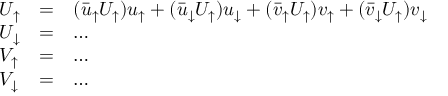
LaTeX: \begin{array} { l l l l } { { U _ { \uparrow } } } & { { = } } & { { ( { \bar { u } _ { \uparrow } } U _ { \uparrow } ) u _ { \uparrow } + ( { \bar { u } _ { \downarrow } } U _ { \uparrow } ) u _ { \downarrow } + ( { \bar { v } _ { \uparrow } } U _ { \uparrow } ) v _ { \uparrow } + ( { \bar { v } _ { \downarrow } } U _ { \uparrow } ) v _ { \downarrow } } } \\ { { U _ { \downarrow } } } & { { = } } & { { \ldots } } \\ { { V _ { \uparrow } } } & { { = } } & { { \ldots } } \\ { { V _ { \downarrow } } } & { { = } } & { { \ldots } } \end{array}